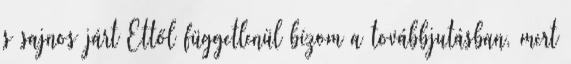
s sajnos járt Ettől függetlenül bízom a továbbjutásban, mert